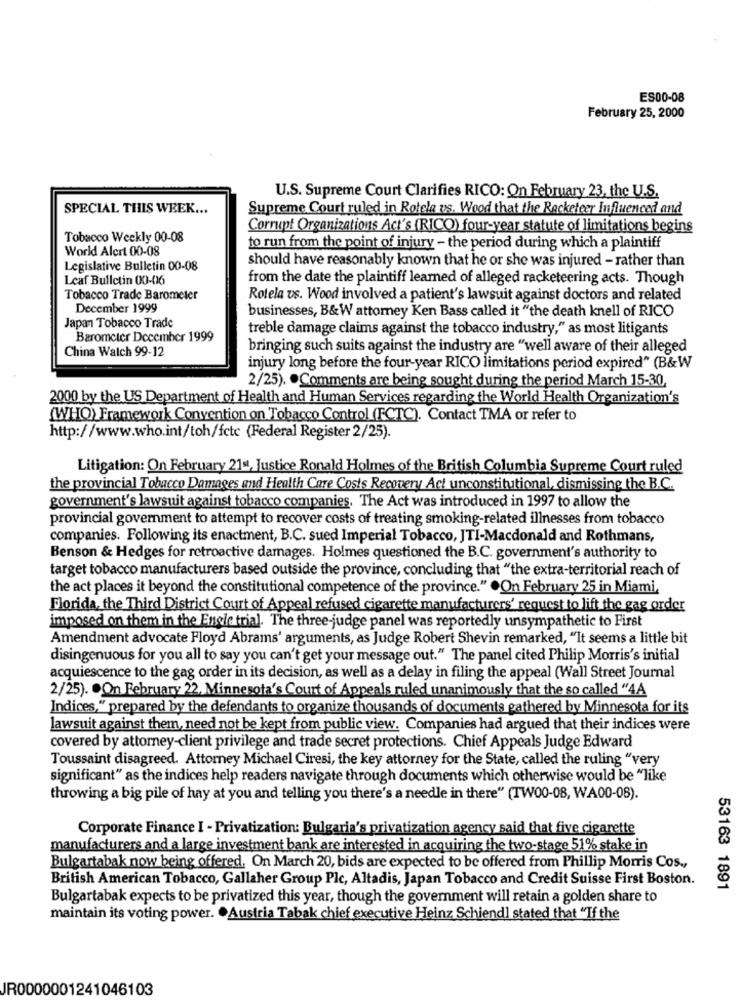
ES00-08
February 25, 2000
U.S. Supreme Court Clarifies RICO: On February 23, the U.S.
SPECIAL THIS WEEK ...
Supreme Court ruled in Rotele us. Wood that the Rocketeer Influenced and
Corrupt Organizations Act's (RICO) four-year statute of limitations begins
Tobacco Weekly 00-08
World Alert 00-08
to run from the point of injury - the period during which a plaintiff
should have reasonably known that he or she was injured - rather than
Legislative Bulletin 00-08
Leaf Bulletin 00-06
from the date the plaintiff learned of alleged racketeering acts. Though
Tobacco Trade Barometer
Rotela vs. Wood involved a patient's lawsuit against doctors and related
December 1999
businesses, B&W attorney Ken Bass called it "the death knell of RICO
Japan Tobacco Trade
treble damage claims against the tobacco industry," as most litigants
Barometer December 1999
China Walch 99-12
bringing such suits against the industry are "well aware of their alleged
injury long before the four-year RICO limitations period expired" (B&W
2/25). . Comments are being sought during the period March 15-30,
2000 by the US Department of Health and Human Services regarding the World Health Organization's
(WHO) Framework Convention on Tobacco Control (FCTC). Contact TMA or refer to
http://www.who.int/toh/fctc (Federal Register 2/25).
Litigation: On February 21st, Justice Ronald Holmes of the British Columbia Supreme Court ruled
the provincial Tobacco Damages and Health Care Costs Recovery Act unconstitutional, dismissing the B.C.
government's lawsuit against tobacco companies. The Act was introduced in 1997 to allow the
provincial government to attempt to recover costs of treating smoking-related illnesses from tobacco
companies. Following its enactment, B.C. sued Imperial Tobacco, JTI-Macdonald and Rothmans,
Benson & Hedges for retroactive damages. Holmes questioned the B.C. government's authority to
target tobacco manufacturers based outside the province, concluding that "the extra-territorial reach of
the act places it beyond the constitutional competence of the province." .On February 25 in Miami,
Florida, the Third District Court of Appeal refused cigarette manufacturers' request to lift the gag order
imposed on them in the Engle trial. The three-judge panel was reportedly unsympathetic to First
Amendment advocate Floyd Abrams' arguments, as Judge Robert Shevin remarked, "It seems a little bit
disingenuous for you all to say you can't get your message out." The panel cited Philip Morris's initial
acquiescence to the gag order in its decision, as well as a delay in filing the appeal (Wall Street Journal
2/25). . On February 22, Minnesota's Court of Appeals ruled unanimously that the so called "4A
Indices," prepared by the defendants to organize thousands of documents gathered by Minnesota for its
lawsuit against them, need not be kept from public view. Companies had argued that their indices were
covered by attorney-client privilege and trade secret protections. Chief Appeals Judge Edward
Toussaint disagreed. Attorney Michael Ciresi, the key attorney for the State, called the ruling "very
significant" as the indices help readers navigate through documents which otherwise would be "like
throwing a big pile of hay at you and telling you there's a needle in there" (TW00-08, WA00-08).
Corporate Finance I - Privatization: Bulgaria's privatization agency said that five cigarette
manufacturers and a large investment bank are interested in acquiring the two-stage 51% stake in
Bulgartabak now being offered. On March 20, bids are expected to be offered from Phillip Morris Cos .,
British American Tobacco, Gallaher Group Plc, Altadis, Japan Tobacco and Credit Suisse First Boston.
53163 1891
Bulgartabak expects to be privatized this year, though the government will retain a golden share to
maintain its voting power. . Austria Tabak chief executive Heinz Schiend] stated that "If the
JR0000001241046103